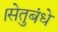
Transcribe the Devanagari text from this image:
।सेतुबंधे